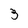
Character: 3